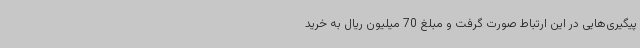
پیگیری‌هایی در این ارتباط صورت گرفت و مبلغ 70 میلیون ریال به خرید